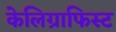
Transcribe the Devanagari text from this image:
केलिग्राफिस्ट